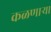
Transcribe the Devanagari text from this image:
कळणाऱ्या